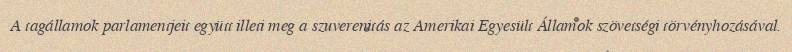
A tagállamok parlamentjeit együtt illeti meg a szuverenitás az Amerikai Egyesült Államok szövetségi törvényhozásával.